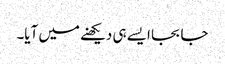
جا بجا ایسے ہی دیکھنے میں آیا۔